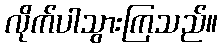
လိုက်ပါသွားကြသည်။